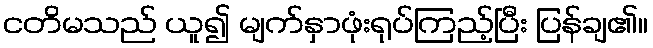
ငတိမသည် ယူ၍ မျက်နှာဖုံးရုပ်ကြည့်ပြီး ပြန်ချ၏။